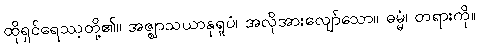
ထိုရှင်ရေဿ့တို့၏။ အဇ္ဈာသယာနုရူပံ၊ အလိုအားလျော်သော။ ဓမ္မံ၊ တရားကို။